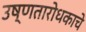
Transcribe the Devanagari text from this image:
उष्णतारोधकाचे